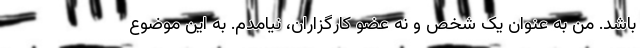
باشد. من به عنوان يک شخص و نه عضو کارگزاران، نيامدم. به اين موضوع